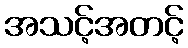
အသင့်အတင့်